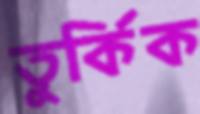
তুর্কিক